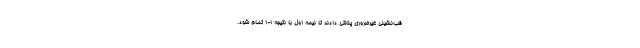
قب‌نشینی غیرضروری پنالتی دادند تا نیمه اول با نتیجه 1-1 تمام شود.